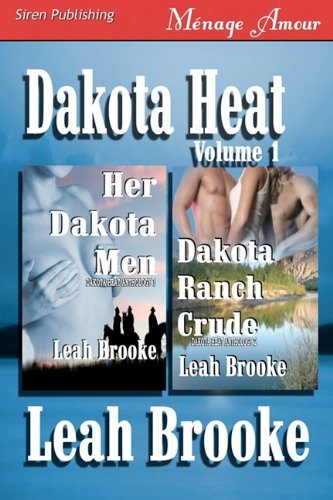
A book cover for Dakota Heat, Volume 1 [Her Dakota Men, Dakota Ranch Crude] (Siren Menage Amour); Leah Brooke; Romance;